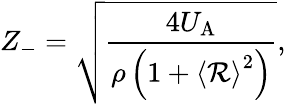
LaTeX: Z_{-}=\sqrt{\frac{4U_{\mathrm{A}}}{\rho\left(1+\left<\mathcal{R}\right>^{2}\right)}},